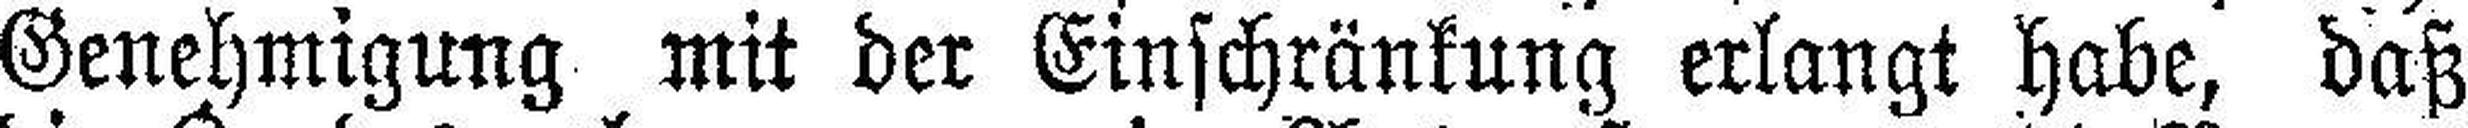
Genehmigung mit der Einschränkung erlangt habe, daß